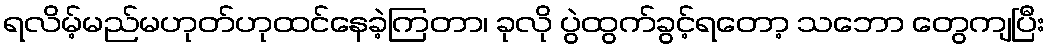
ရလိမ့်မည်မဟုတ်ဟုထင်နေခဲ့ကြတာ၊ ခုလို ပွဲထွက်ခွင့်ရတော့ သဘော တွေကျပြီး